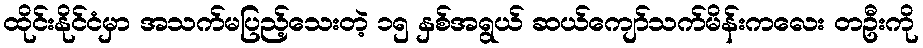
ထိုင်းနိုင်ငံမှာ အသက်မပြည့်သေးတဲ့ ၁၅ နှစ်အရွယ် ဆယ်ကျော်သက်မိန်းကလေး တဦးကို